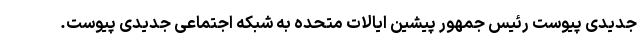
جدیدی پیوست رئیس جمهور پیشین ایالات متحده به شبکه اجتماعی جدیدی پیوست.